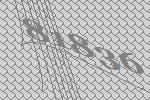
81836